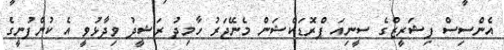
އެންސިސް ފިޝަރީޒްގެ ސީނިއަ ޕްރޮޑަކްޝަން މެނޭޖަރު ހާމިދު ރަޝީދު ވިދާޅުވީ އެ ކުންފުނީގެ